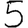
Digit: 5